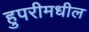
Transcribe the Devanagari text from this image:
हुपरीमधील